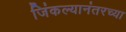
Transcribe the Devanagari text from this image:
जिंकल्यानंतरच्या